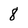
Character: 8